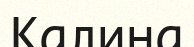
Калина